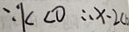
\because k < 0 \therefore x - 2 <